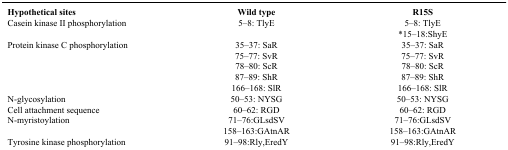
<table><thead><tr><td><b>Hypothetical sites</b></td><td><b>Wild type</b></td><td><b>R15S</b></td></tr></thead><tbody><tr><td>Casein kinase II phosphorylation</td><td>5–8: TlyE</td><td>5–8: TlyE</td></tr><tr><td> </td><td> </td><td>*15–18:ShyE</td></tr><tr><td>Protein kinase C phosphorylation</td><td>35–37: SaR</td><td>35–37: SaR</td></tr><tr><td> </td><td>75–77: SvR</td><td>75–77: SvR</td></tr><tr><td> </td><td>78–80: ScR</td><td>78–80: ScR</td></tr><tr><td> </td><td>87–89: ShR</td><td>87–89: ShR</td></tr><tr><td> </td><td>166–168: SlR</td><td>166–168: SlR</td></tr><tr><td>N-glycosylation</td><td>50–53: NYSG</td><td>50–53: NYSG</td></tr><tr><td>Cell attachment sequence</td><td>60–62: RGD</td><td>60–62: RGD</td></tr><tr><td>N-myristoylation</td><td>71–76:GLsdSV</td><td>71–76:GLsdSV</td></tr><tr><td> </td><td>158–163:GAtnAR</td><td>158–163:GAtnAR</td></tr><tr><td>Tyrosine kinase phosphorylation</td><td>91–98:Rly,EredY</td><td>91–98:Rly,EredY</td></tr></tbody></table>